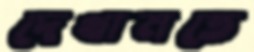
দেখামতে